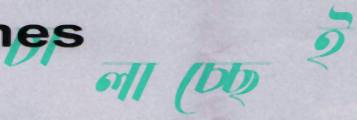
চালাচ্ছেই